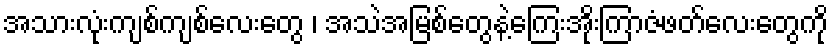
အသားလုံးကျစ်ကျစ်လေးတွေ ၊ အသဲအမြစ်တွေနဲ့ကြေးအိုးကြာဇံဖတ်လေးတွေကို